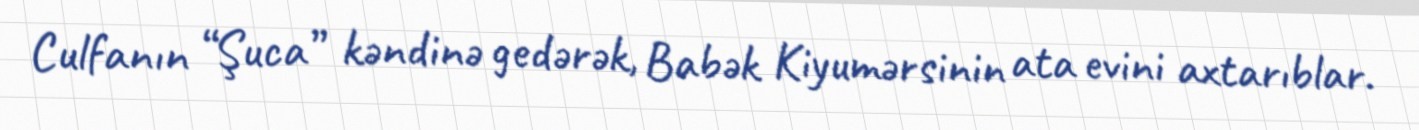
Culfanın “Şuca” kəndinə gedərək, Babək Kiyumərsinin ata evini axtarıblar.